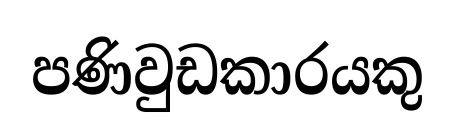
පණිවුඩකාරයකු